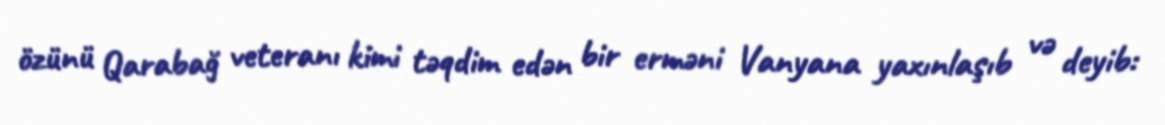
özünü Qarabağ veteranı kimi təqdim edən bir erməni Vanyana yaxınlaşıb və deyib: